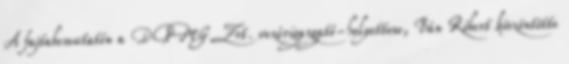
A fajtabemutatón a DPMG Zrt. vezérigazgató-helyettese, Bán Róbert köszöntötte